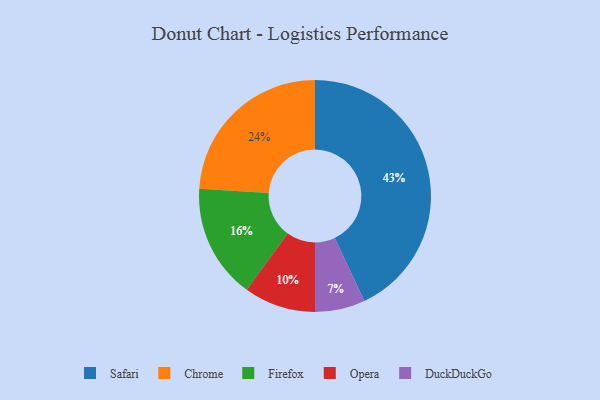
{"axis": {"x": "Category", "y": "Percentage"}, "legend": ["Chrome", "DuckDuckGo", "Firefox", "Opera", "Safari"], "data": [{"x": "Chrome", "y": 24, "type": "Chrome"}, {"x": "DuckDuckGo", "y": 7, "type": "DuckDuckGo"}, {"x": "Opera", "y": 10, "type": "Opera"}, {"x": "Safari", "y": 43, "type": "Safari"}, {"x": "Firefox", "y": 16, "type": "Firefox"}]}